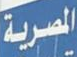
المصرية